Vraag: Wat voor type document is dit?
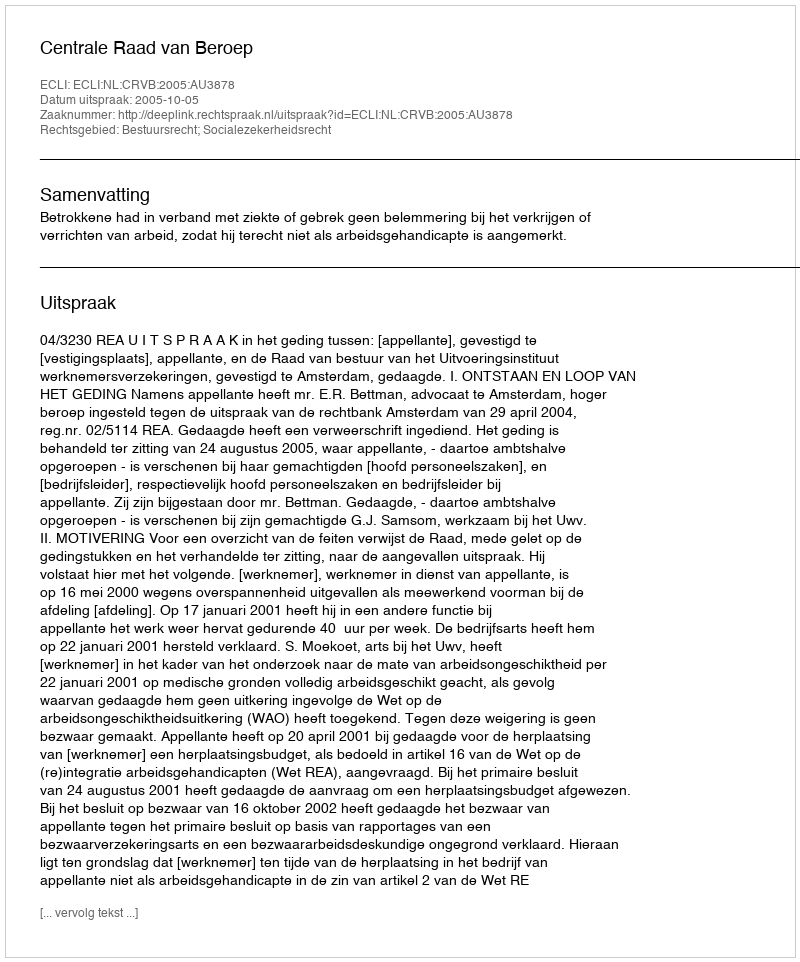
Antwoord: Uitspraak